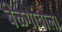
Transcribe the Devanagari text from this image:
बेळगांवाला